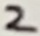
Text: 2